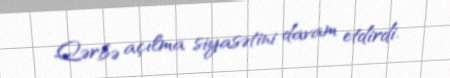
Qərbə açılma siyasətini davam etdirdi.